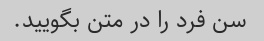
سن فرد را در متن بگویید.